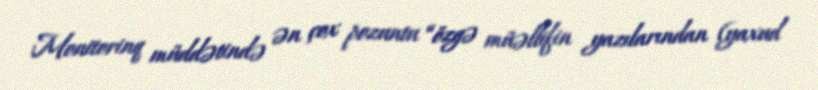
Monitorinq müddətində ən çox pozuntu “özgə müəllifin yazılarından (yaxud